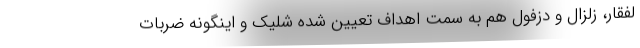
لفقار، زلزال و دزفول هم به سمت اهداف تعیین شده شلیک و اینگونه ضربات